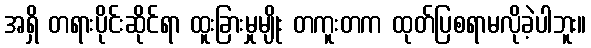
အရှိ တရားပိုင်းဆိုင်ရာ ထူးခြားမှုမျိုး တကူးတက ထုတ်ပြစရာမလိုခဲ့ပါဘူး။